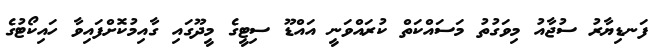
ފަނޑިޔާރު ސުޖާއު މިވަގުތު މަސައްކަތް ކުރައްވަނީ އައްޑޫ ސިޓީގެ މީދޫގައި ގާއިމުކޮށްފައިވާ ހައިކޯޓުގެ